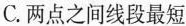
C.两点之间线段最短